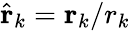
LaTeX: \hat{\mathbf{r}}_{k}=\mathbf{r}_{k}/r_{k}